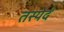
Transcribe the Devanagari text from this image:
तस्येदं